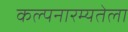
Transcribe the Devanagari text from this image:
कल्पनारम्यतेला